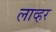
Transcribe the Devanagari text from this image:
लाव्हर